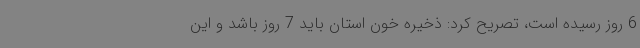
6 روز رسیده است، تصریح کرد: ذخیره خون استان باید 7 روز باشد و این